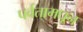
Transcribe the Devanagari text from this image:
पर्वतामधून